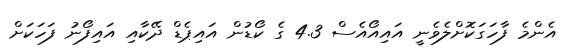
އެންމެ ފާހަގަކޮށްލެވެނީ އައިއޯއެސް 4.3 ގެ ކޯޑުން އައިޕެޑް ދޭކާއި އައިފޯނު ފަހަކަށް